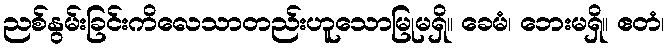
ညစ်နွမ်းခြင်းကိလေသာတည်းဟူသောမြုမရှိ။ ခေမံ၊ ဘေးမရှိ။ ဧတံ၊